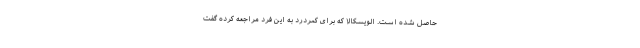
حاصل شده است. الویسکالا که برای کمردرد به این فرد مراجعه کرده گفت